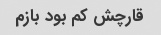
قارچش کم بود بازم